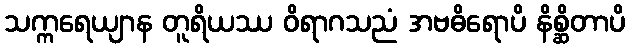
သက္ကရေယျာန တူရိယဿ ဝိရာဂသညံ အဗဓိရောပိ နိစ္ဆိတာပိ